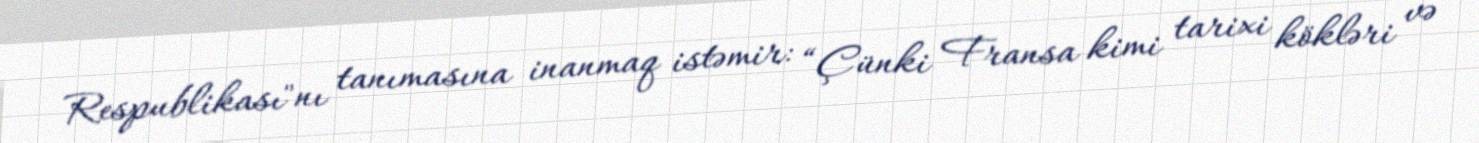
Respublikası"nı tanımasına inanmaq istəmir: “Çünki Fransa kimi tarixi kökləri və